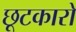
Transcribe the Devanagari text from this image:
छूटकारो